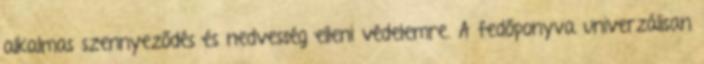
alkalmas szennyeződés és nedvesség elleni védelemre. A fedőponyva univerzálisan